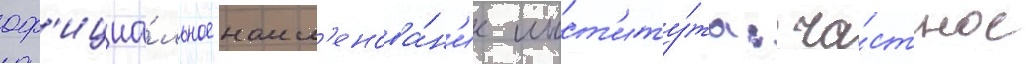
оф'ициа́льное наим'енова́н'ие инст'иту́та: ча́стное